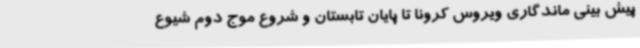
پیش بینی ماندگاری ویروس کرونا تا پایان تابستان و شروع موج دوم شیوع